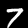
Digit: 7